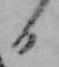
日